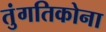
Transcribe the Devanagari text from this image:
तुंगतिकोना